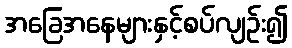
အခြေအနေများနှင့်စပ်လျဉ်း၍